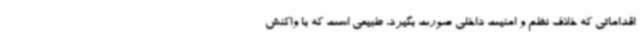
اقداماتی که خلاف نظم و امنیت داخلی صورت بگیرد، طبیعی است که با واکنش